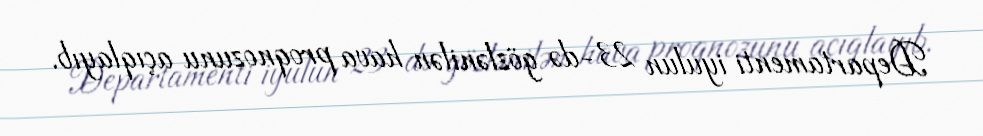
Departamenti iyulun 23-də gözlənilən hava proqnozunu açıqlayıb.